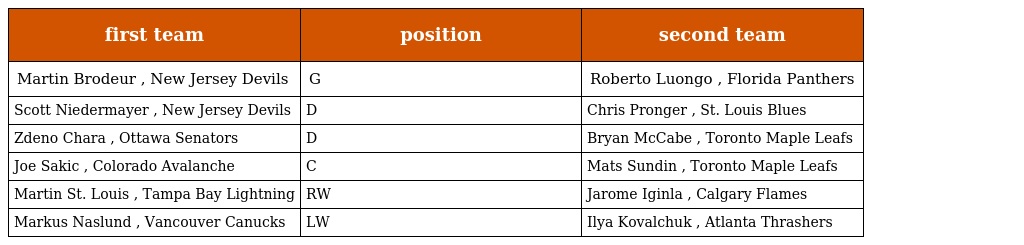
| first team | position | second team |
 | --- | --- | --- |
 | Martin Brodeur , New Jersey Devils | G | Roberto Luongo , Florida Panthers |
 | Scott Niedermayer , New Jersey Devils | D | Chris Pronger , St. Louis Blues |
 | Zdeno Chara , Ottawa Senators | D | Bryan McCabe , Toronto Maple Leafs |
 | Joe Sakic , Colorado Avalanche | C | Mats Sundin , Toronto Maple Leafs |
 | Martin St. Louis , Tampa Bay Lightning | RW | Jarome Iginla , Calgary Flames |
 | Markus Naslund , Vancouver Canucks | LW | Ilya Kovalchuk , Atlanta Thrashers |